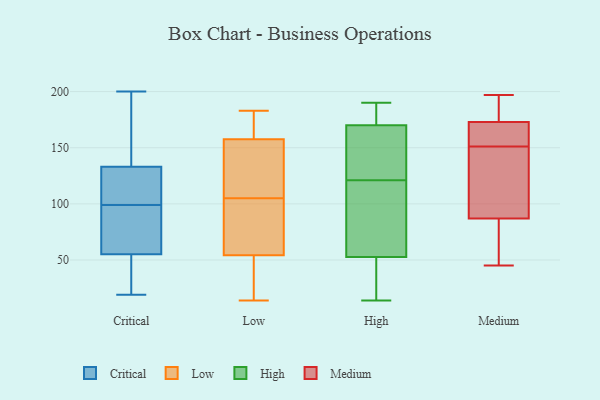
{"axis": {"x": "Energy Usage (MWh)", "y": "Value"}, "legend": ["Critical", "High", "Low", "Medium"], "data": [{"x": "", "y": 128, "type": "Critical"}, {"x": "", "y": 140, "type": "Critical"}, {"x": "", "y": 85, "type": "Critical"}, {"x": "", "y": 116, "type": "Critical"}, {"x": "", "y": 193, "type": "Critical"}, {"x": "", "y": 36, "type": "Critical"}, {"x": "", "y": 123, "type": "Critical"}, {"x": "", "y": 19, "type": "Critical"}, {"x": "", "y": 200, "type": "Critical"}, {"x": "", "y": 49, "type": "Critical"}, {"x": "", "y": 75, "type": "Critical"}, {"x": "", "y": 55, "type": "Critical"}, {"x": "", "y": 55, "type": "Critical"}, {"x": "", "y": 133, "type": "Critical"}, {"x": "", "y": 86, "type": "Critical"}, {"x": "", "y": 178, "type": "Critical"}, {"x": "", "y": 34, "type": "Critical"}, {"x": "", "y": 112, "type": "Critical"}, {"x": "", "y": 115, "type": "Low"}, {"x": "", "y": 84, "type": "Low"}, {"x": "", "y": 105, "type": "Low"}, {"x": "", "y": 156, "type": "Low"}, {"x": "", "y": 183, "type": "Low"}, {"x": "", "y": 52, "type": "Low"}, {"x": "", "y": 37, "type": "Low"}, {"x": "", "y": 73, "type": "Low"}, {"x": "", "y": 55, "type": "Low"}, {"x": "", "y": 14, "type": "Low"}, {"x": "", "y": 162, "type": "Low"}, {"x": "", "y": 182, "type": "Low"}, {"x": "", "y": 105, "type": "Low"}, {"x": "", "y": 188, "type": "High"}, {"x": "", "y": 135, "type": "High"}, {"x": "", "y": 148, "type": "High"}, {"x": "", "y": 14, "type": "High"}, {"x": "", "y": 178, "type": "High"}, {"x": "", "y": 31, "type": "High"}, {"x": "", "y": 190, "type": "High"}, {"x": "", "y": 181, "type": "High"}, {"x": "", "y": 155, "type": "High"}, {"x": "", "y": 70, "type": "High"}, {"x": "", "y": 114, "type": "High"}, {"x": "", "y": 58, "type": "High"}, {"x": "", "y": 51, "type": "High"}, {"x": "", "y": 175, "type": "High"}, {"x": "", "y": 16, "type": "High"}, {"x": "", "y": 121, "type": "High"}, {"x": "", "y": 121, "type": "High"}, {"x": "", "y": 130, "type": "High"}, {"x": "", "y": 34, "type": "High"}, {"x": "", "y": 53, "type": "Medium"}, {"x": "", "y": 197, "type": "Medium"}, {"x": "", "y": 143, "type": "Medium"}, {"x": "", "y": 86, "type": "Medium"}, {"x": "", "y": 45, "type": "Medium"}, {"x": "", "y": 174, "type": "Medium"}, {"x": "", "y": 98, "type": "Medium"}, {"x": "", "y": 173, "type": "Medium"}, {"x": "", "y": 162, "type": "Medium"}, {"x": "", "y": 56, "type": "Medium"}, {"x": "", "y": 163, "type": "Medium"}, {"x": "", "y": 176, "type": "Medium"}, {"x": "", "y": 121, "type": "Medium"}, {"x": "", "y": 163, "type": "Medium"}, {"x": "", "y": 159, "type": "Medium"}, {"x": "", "y": 87, "type": "Medium"}, {"x": "", "y": 188, "type": "Medium"}, {"x": "", "y": 90, "type": "Medium"}]}